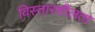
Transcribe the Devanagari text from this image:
विस्तारशीलता